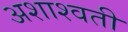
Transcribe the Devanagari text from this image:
अशाश्वती